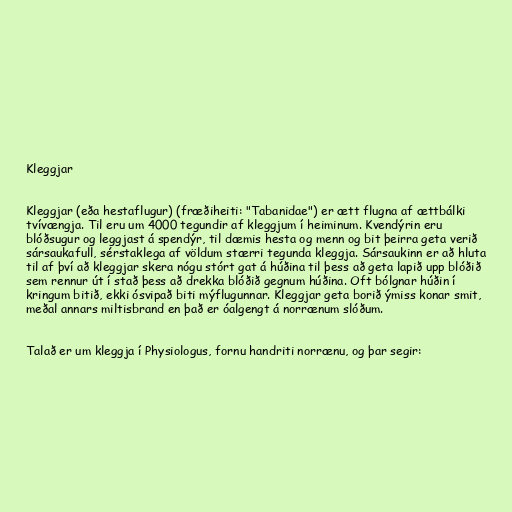
Kleggjar

Kleggjar (eða hestaflugur) (fræðiheiti: "Tabanidae") er ætt flugna af ættbálki
tvívængja. Til eru um 4000 tegundir af kleggjum í heiminum. Kvendýrin eru
blóðsugur og leggjast á spendýr, til dæmis hesta og menn og bit þeirra geta verið
sársaukafull, sérstaklega af völdum stærri tegunda kleggja. Sársaukinn er að hluta
til af því að kleggjar skera nógu stórt gat á húðina til þess að geta lapið upp blóðið
sem rennur út í stað þess að drekka blóðið gegnum húðina. Oft bólgnar húðin í
kringum bitið, ekki ósvipað biti mýflugunnar. Kleggjar geta borið ýmiss konar smit,
meðal annars miltisbrand en það er óalgengt á norrænum slóðum.

Talað er um kleggja í Physiologus, fornu handriti norrænu, og þar segir: